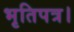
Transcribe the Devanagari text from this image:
भृतिपत्र।